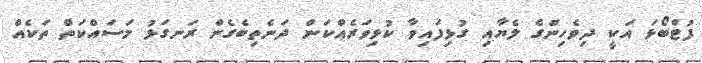
ފުޓްބޯޅަ އަކީ ދިވެހިންގެ ލެޔާއި ގުޅިފައިވާ ކުޅިވަރެއްކަން ދަނެތިބެގެން ރަނގަޅު މަސައްކަތް ތަކެއް